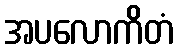
အပလောကိတံ